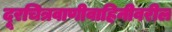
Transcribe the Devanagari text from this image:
दूरचित्रवाणीवाहिनीवरील